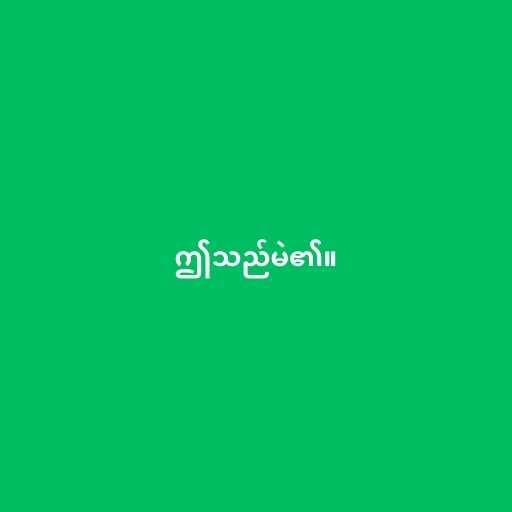
ဤသည်မဲ၏။